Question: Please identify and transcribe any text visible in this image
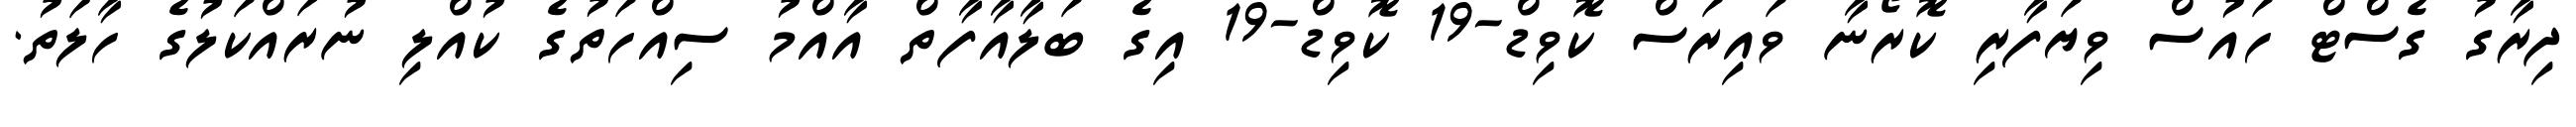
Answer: ދިރާގު ގެސްޓް ހައުސް ވިޔަފާރި ކޮރޯނާ ވައިރަސް ކޮވިޑް-19 ކޮވިޑް-19 އިގެ ބަލާއާފާތް އާއްމު ސިއްހަތުގެ ކުއްލި ނުރައްކަލުގެ ހާލަތު.